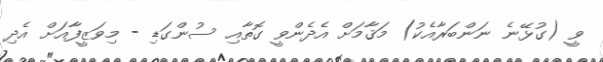
ވީ (ގުޅޭނެ ނަންބަރާއެކު) މަޤާމަށް އެދެންވީ ގޮތާއި ސުންގަޑި - މިވަޒީފާއަށް އެދި